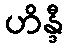
ဟိန္ဒီ